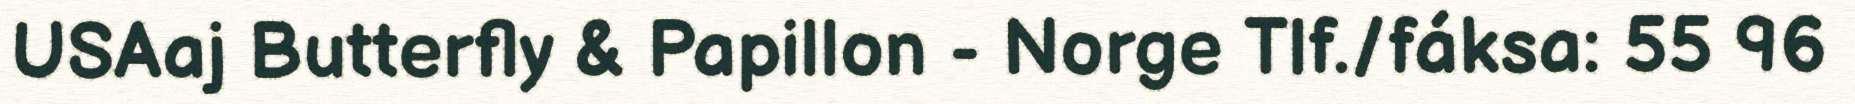
USAaj Butterfly & Papillon - Norge Tlf./fáksa: 55 96